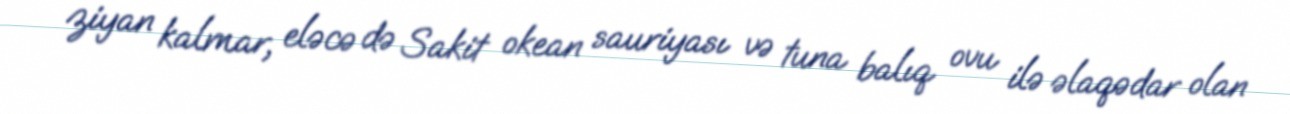
ziyan kalmar, eləcə də Sakit okean sauriyası və tuna balıq ovu ilə əlaqədar olan